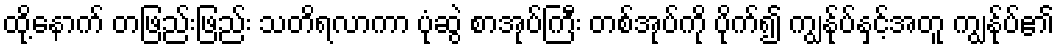
ထို့နောက် တဖြည်းဖြည်း သတိရလာကာ ပုံဆွဲ စာအုပ်ကြီး တစ်အုပ်ကို ပိုက်၍ ကျွန်ုပ်နှင့်အတူ ကျွန်ုပ်၏